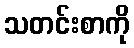
သတင်းစာကို